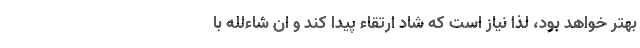
بهتر خواهد بود، لذا نیاز است که شاد ارتقاء پیدا کند و ان شاءلله با